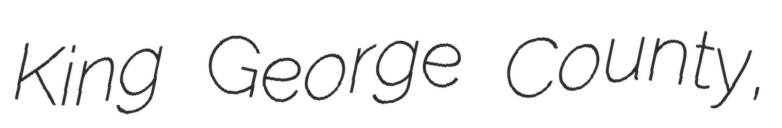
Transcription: King George County,